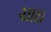
ચાઇ